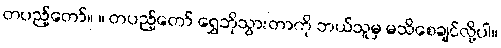
တပည့်တော်။ ။ တပည့်တော် ရွှေဘိုသွားတာကို ဘယ်သူမှ မသိစေချင်လို့ပါ။